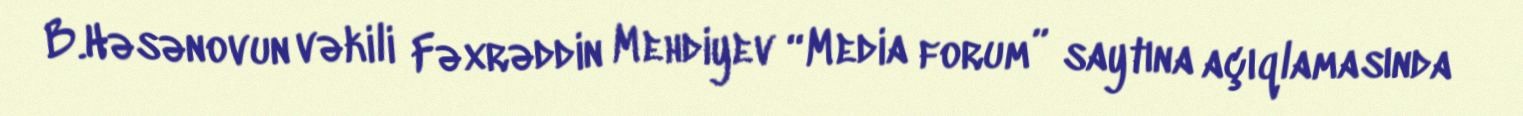
B.Həsənovun vəkili Fəxrəddin Mehdiyev “Media forum” saytına açıqlamasında